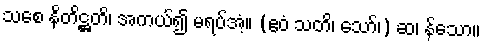
သစေ နိတိဋ္ဌတိ၊ အကယ်၍ မရပ်အံ့။ (ဧဝံ သတိ၊ သော်၊) ဆ၊ န်သော။